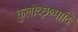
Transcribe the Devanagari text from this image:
कुलोच्छुष्मादि